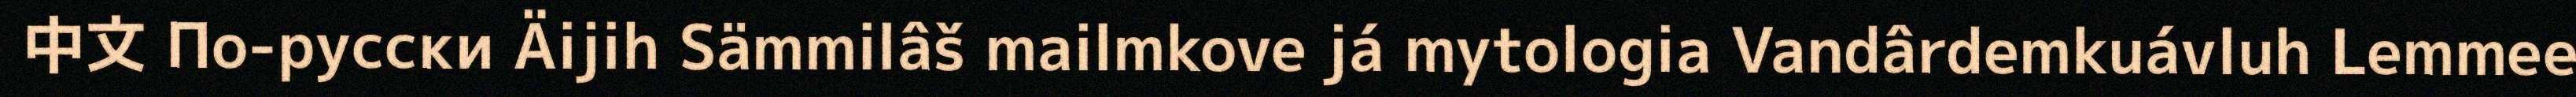
中文 По-русски Äijih Sämmilâš mailmkove já mytologia Vandârdemkuávluh Lemmee